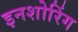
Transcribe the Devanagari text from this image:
इनशोरिंग